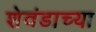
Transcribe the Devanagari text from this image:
शेवंडाच्या